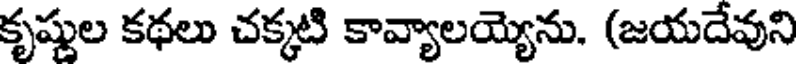
కృష్ణుల కథలు చక్కటి కావ్యాలయ్యెను. (జయదేవుని